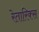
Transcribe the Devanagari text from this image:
रेतारिक्स